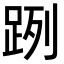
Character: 𨀺